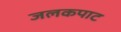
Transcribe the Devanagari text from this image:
जलकपाट